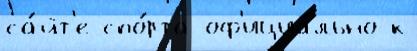
са́йт'е спо́рта оф'ициа́льно к